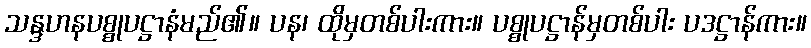
သန္ဒဟနပစ္စုပဋ္ဌာနံမည်၏။ ပန၊ ထိုမှတစ်ပါးကား။ ပစ္စုပဋ္ဌာန်မှတစ်ပါး ပဒဋ္ဌာန်ကား။